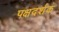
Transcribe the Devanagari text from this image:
पक्षदर्शक